Vaccination Hyderabad 1890-1903 - 1890-1903
Year: 1890
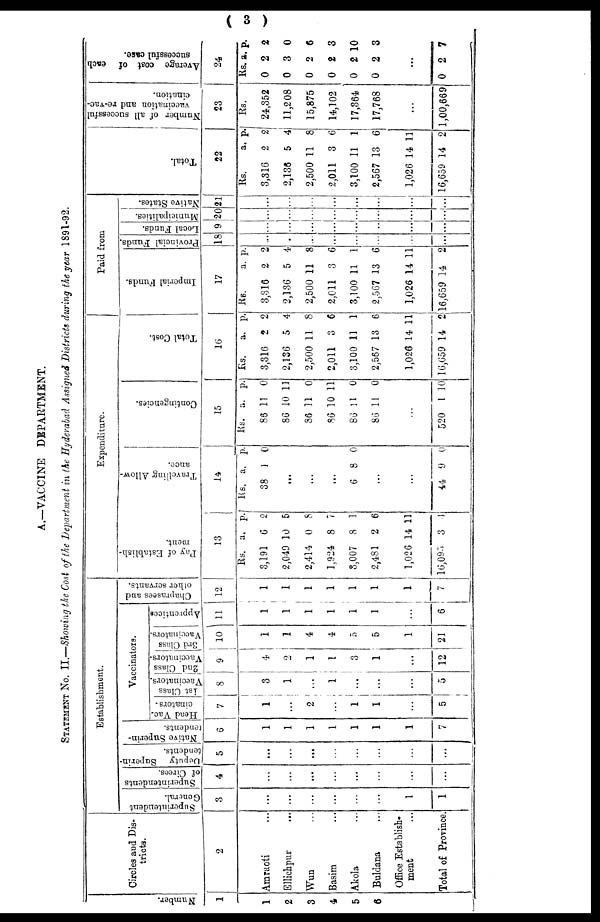
( 3 )
A.—VACCINE DEPARTMENT.
STATEMENT No. II.—Showing the Cost of the Department in the Hyderabad Assigned Districts during the year 1891-92.
Number.
1
1
2
3
4
5
6
Circles and Dis-
tricts.
2
Amraoti ...
Ellichpur ...
Wun ...
Basim ...
Akola
Buldana
Office Establish-
ment
Total of Province.
Establishment.
Superintendent
General.
3
...
...
...
...
...
...
1
1
Superintendents
of Cirees.
4
...
...
...
...
...
...
...
...
Deputy Superin¬
tendents.
5
...
...
...
...
...
...
...
...
Native Superin-
tendents.
6
1
1
1
1
1
1
1
7
Vaccinators.
Head Vac-
cinators .
7
1
...
2
...
1
1
...
5
1st Class
Vaccinators.
8
3
1
...
1
...
...
...
5
2nd Class
Vaccinators.
9
4
2
1
1
3
1
...
12
3rd Class
Vaccinators.
10
1
1
4
4
5
5
1
21
Apprentices
11
1
1
1
1
1
1
...
6
Chaprasees and
other servants.
12
1
1
1
1
1
1
1
7
Expenditure.
Pay of Establish-
ment.
13
Rs.
3,191
2,049
2,414
1,924
3,007
2,481
1,026
16,095
a.
6
10
0
8
8
2
14
3
p.
2
5
8
7
1
6
11
4
Travelling Allow-
ance.
14
Rs.
38
a.
1
p.
0
...
...
...
6 8 0
...
...
44 9 0
Contingencies.
15
Rs.
86
86
86
86
86
86
a.
11
10
11
10
11
11
p.
0
11
0
11
0
0
...
520 1 10
Total Cost.
16
Rs.
3,316
2,136
2,500
2,011
3,100
2,567
1,026
16,659
a.
2
5
11
3
11
13
14
14
p.
2
4
8
6
1
6
11
2
Paid from
Imperial Funds.
17
Rs.
3,316
2,136
2,500
2,011
3,100
2,567
1,026
16,659
a.
2
5
11
3
11
13
14
14
p.
2
4
8
6
1
6
11
2
Provincial Funds.
18
.
...
...
...
...
...
...
Local Funds.
19
...
...
...
...
...
...
...
Municipalities.
20
...
...
...
...
...
...
...
Native States.
21
...
...
...
...
...
...
...
Total.
22
Rs.
3,316
2,136
2,500
2,011
3,100
2,567
1,026
16,659
a.
2
5
11
3
11
13
14
14
p.
2
4
8
6
1
6
11
2
Number of all successful
vaccination and re-vac-
cination.
23
Rs.
24,352
11,208
15,875
14,102
17,364
17,768
...
1,00,669
Average cost of each
successful case.
24
Rs.
0
0
0
0
0
0
a.
2
3
2
2
2
2
p.
2
0
6
3
10
3
...
0 2 7